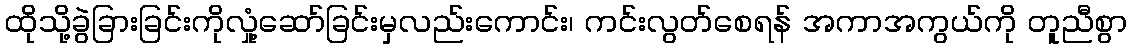
ထိုသို့ခွဲခြားခြင်းကိုလှုံ့ဆော်ခြင်းမှလည်းကောင်း၊ ကင်းလွတ်စေရန် အကာအကွယ်ကို တူညီစွာ